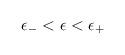
LaTeX: \begin{align*}\:\epsilon _{-} < \epsilon < \epsilon _{+}\:\end{align*}